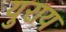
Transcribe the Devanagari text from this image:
युराय